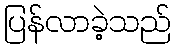
ပြန်လာခဲ့သည်